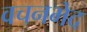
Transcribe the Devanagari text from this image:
वचनभेद